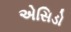
એસિડો